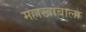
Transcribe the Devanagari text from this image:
मल्लखांबाला